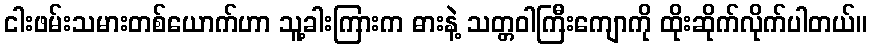
ငါးဖမ်းသမားတစ်ယောက်ဟာ သူ့ခါးကြားက ဓားနဲ့ သတ္တဝါကြီးကျောကို ထိုးဆိုက်လိုက်ပါတယ်။